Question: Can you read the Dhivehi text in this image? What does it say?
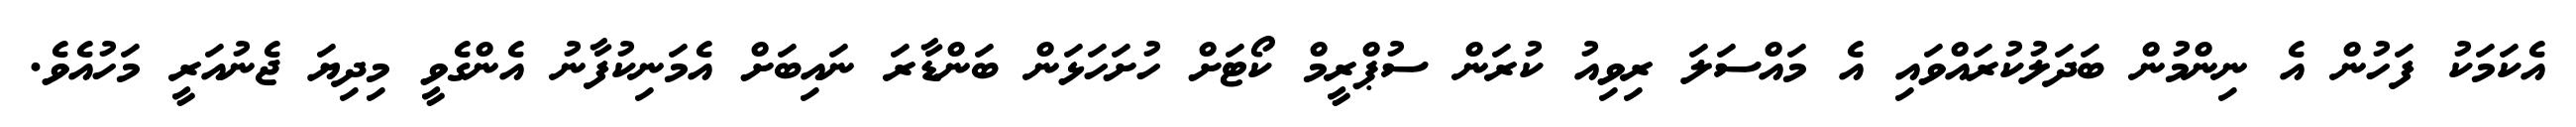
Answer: އެކަމަކު ފަހުން އެ ނިންމުން ބަދަލުކުރައްވައި އެ މައްސަލަ ރިވިއު ކުރަން ސުޕްރީމް ކޯޓަށް ހުށަހަޅަން ބަންޑާރަ ނައިބަށް އެމަނިކުފާނު އެންގެވީ މިދިޔަ ޖެނުއަރީ މަހުއެވެ.